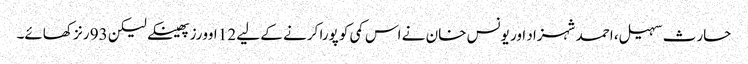
حارث سہیل، احمد شہزاد اور یونس خان نے اس کمی کو پورا کرنے کے لیے 12 اوورز پھینکے لیکن 93 رنز کھائے۔